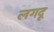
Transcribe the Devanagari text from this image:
लगदू